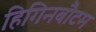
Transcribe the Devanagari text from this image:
हिगिनबौटम